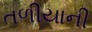
તળીયાની